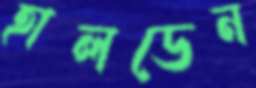
হালডেন